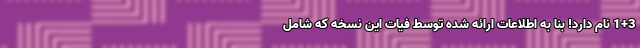
1+3 نام دارد! بنا به اطلاعات ارائه شده توسط فیات این نسخه که شامل